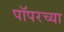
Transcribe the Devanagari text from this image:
पॉपरच्या